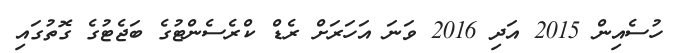
ހުސެއިން 2015 އަދި 2016 ވަނަ އަހަރަށް ރެޑް ކްރެސެންޓުގެ ބަޖެޓުގެ ގޮތުގައި